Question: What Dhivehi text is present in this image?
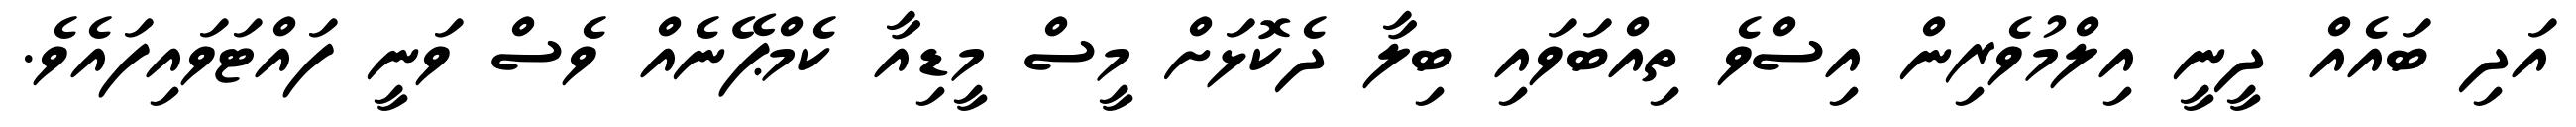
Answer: އަދި ބައެއް ދީނީ އިލްމުވެރިން އިސްވެ ތިއްބަވައި ބިލާ ދެކޮޅަށް މީސް މީޑިއާ ކެމްޕޭނެއް ވެސް ވަނީ ފައްޓަވައިފައެވެ.